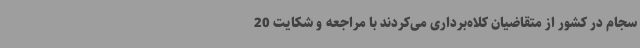
سجام در کشور از متقاضیان کلاه‌برداری می‌کردند با مراجعه و شکایت 20